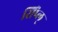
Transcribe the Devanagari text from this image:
सिंप्ल्